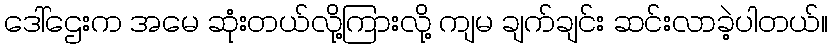
ဒေါ်ဌေးက အမေ ဆုံးတယ်လို့ကြားလို့ ကျမ ချက်ချင်း ဆင်းလာခဲ့ပါတယ်။